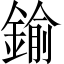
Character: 鍮